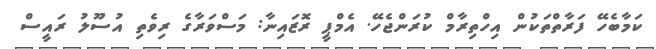
ކަމާބެހޭ ފަރާތްތަކުން އިހްތިރާމް ކުރަންޖެހޭ. އެމްޕީ ރޮޒައިނާ: މަސްވަރާގެ ރިވެތި އުސޫލު ރައީސް